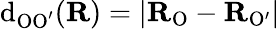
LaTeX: \mathrm{d}_{\mathrm{{OO^{\prime}}}}(\mathbf{{R}})=|\mathbf{{R}}_{\mathrm{{O}}}-\mathbf{{R}}_{\mathrm{{O^{\prime}}}}|